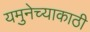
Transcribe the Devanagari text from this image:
यमुनेच्याकाठी